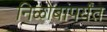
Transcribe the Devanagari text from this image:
निळोबांपर्यंत